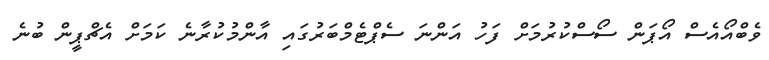
ވެބްއޯއެސް އޯޕަން ސޯސްކުރުމަށް ފަހު އަންނަ ސެޕްޓެމްބަރުގައި އާންމުކުރާނެ ކަމަށް އެޗްޕީން ބުނެ